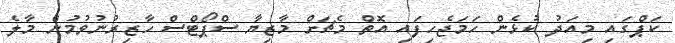
ކަޕްގައި މިއަދު ކުޅެން ހަމަޖެހިފައި އޮތް މެޗަށް މާޒިޔާ ސްޕޯޓްސް ހާޒިރުނުވުމުން މާލެ